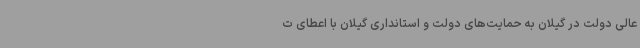
عالی دولت در گیلان به حمایت‌های دولت و استانداری گیلان با اعطای ت